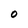
Character: O